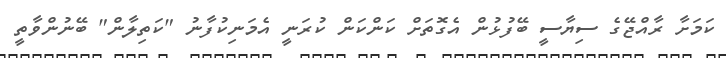
ކަމަށާ ރާއްޖޭގެ ސިޔާސީ ބޭފުޅުން އެގޮތަށް ކަންކަން ކުރަނީ އެމަނިކުފާނު "ކަތިލާން" ބޭނުންވާތީ